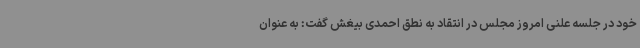
خود در جلسه علنی امروز مجلس در انتقاد به نطق احمدی بیغش گفت: به عنوان